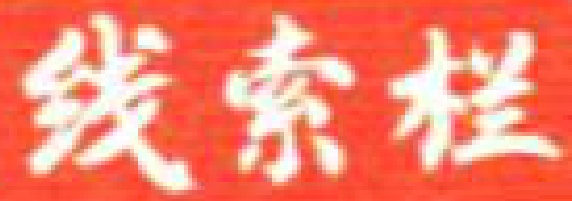
线索栏